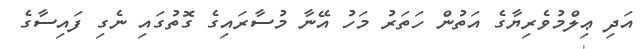
އަދި ޢިލްމުވެރިޔާގެ އަތުން ހަތަރު މަހު އޭނާ މުސާރައިގެ ގޮތުގައި ނެގި ފައިސާގެ